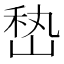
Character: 𰎨